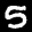
Label: 5